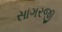
સાગરજી